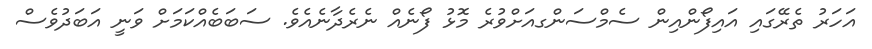
އަހަރު ތެރޭގައި އައިފޯންއިން ސެމްސަންގއަށްވުރެ މޮޅު ފޯނެއް ނެރެދާނެއެވެ. ސަބަބެއްކަަމަށް ވަނީ އަބަދުވެސް